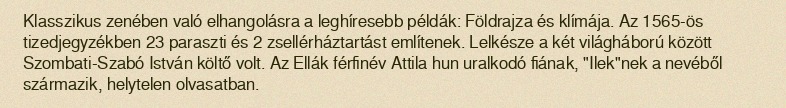
Klasszikus zenében való elhangolásra a leghíresebb példák: Földrajza és klímája. Az 1565-ös tizedjegyzékben 23 paraszti és 2 zsellérháztartást említenek. Lelkésze a két világháború között Szombati-Szabó István költő volt. Az Ellák férfinév Attila hun uralkodó fiának, "Ilek"nek a nevéből származik, helytelen olvasatban.